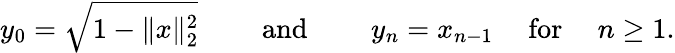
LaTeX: y_{0}={\sqrt{1-\| x\| _{2}^{2}}}\qquad{\mathrm{~and~}}\qquad y_{n}=x_{n-1}\quad{\mathrm{~for~}}\quad n\geq 1.